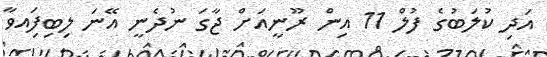
އަދި ކުލަބުގެ ފުލް 11 އިން ރޫނީއަށް ޖާގަ ނުދެނީ އޭނަ ލިބިފަިއވާ